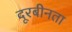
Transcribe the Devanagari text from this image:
दूरबीनता